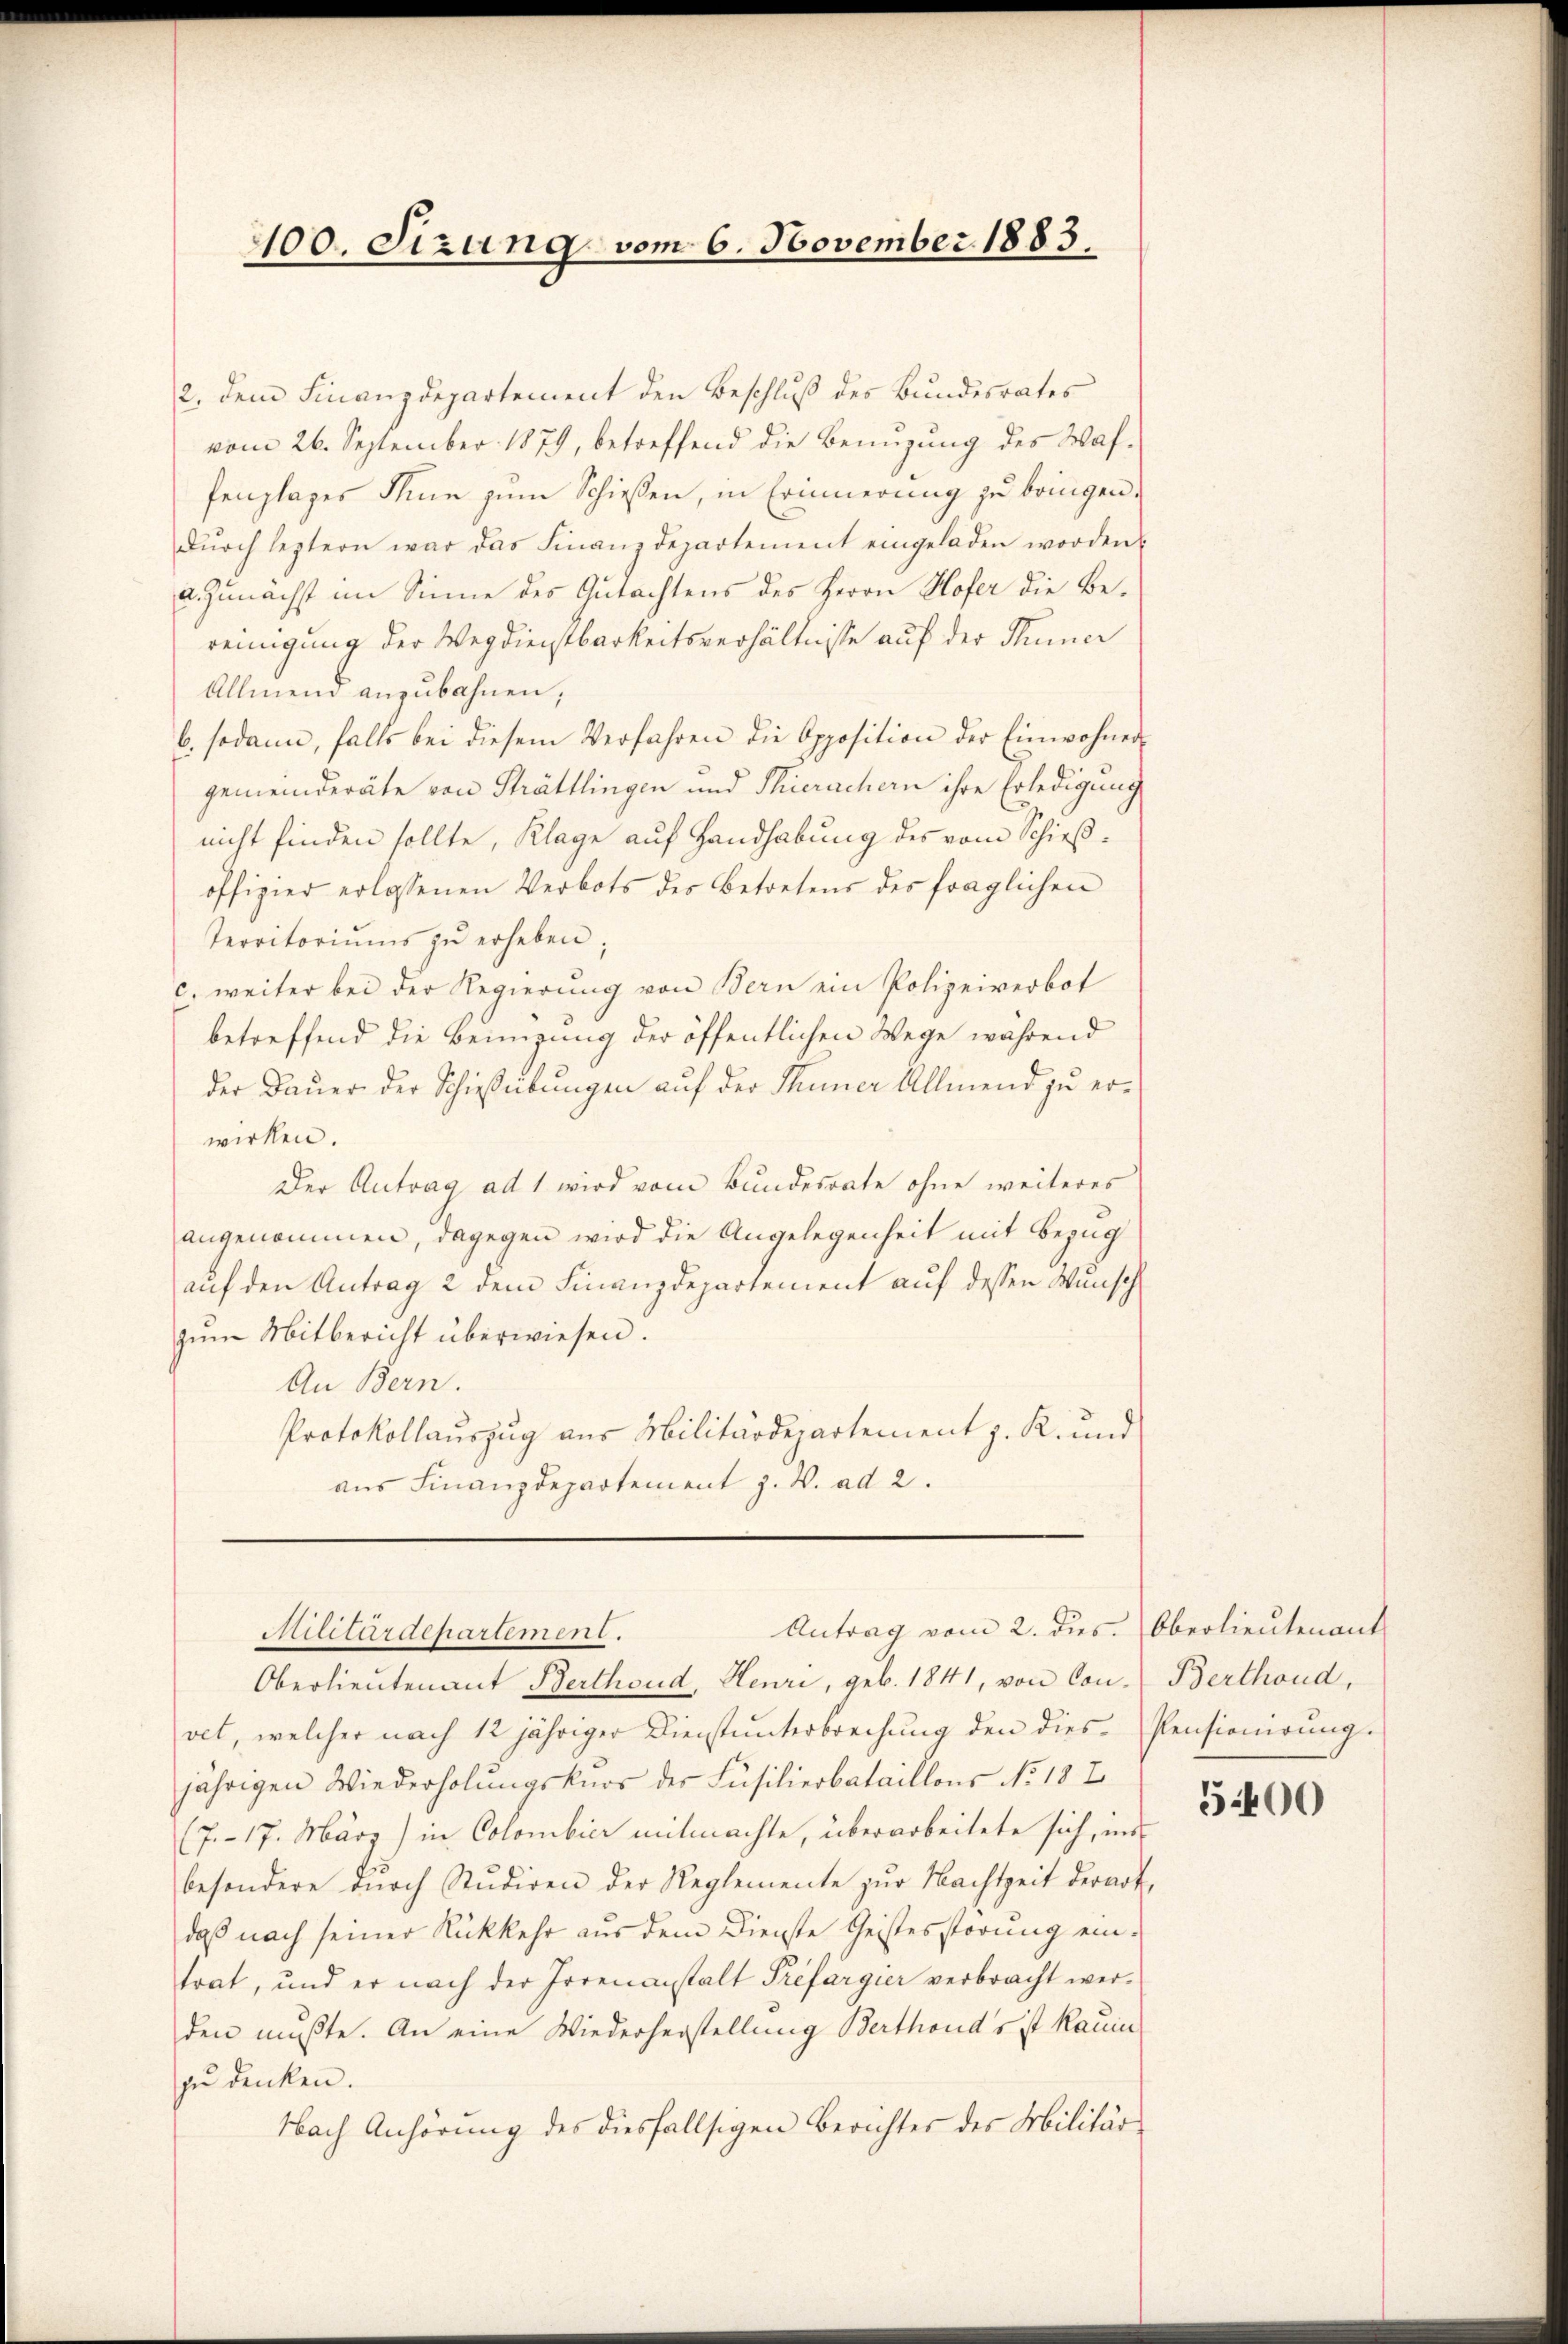
100. Sizung vom 6. November 1883.

2. dem Finanzdepartement den Beschluß des Bundesrates
vom 26. September 1879, betreffend die Benuzung des Waf¬
Fenzlages Thun zum Schießen, in Erinnerung zu bringen.
dŭrch leztern war das Finanzdepartement eingeladen worden.
a. Zunächst im Sinne des Gutachtens des Herrn Hofer die Bereinigung der Wegdienstbarkeitsverhältnisse auf der Thuner
Allmend anzubahnen;
b. sodann, falls bei diesem Verfahren die Opposition der Einwohner-
gemeinderäte von Strättlingen und Thierachern ihre Erledigung
nicht finden sollte, Klage auf Handhabung des vom Schießoffizier erlassenen Verbots des Betretens des fraglichen
Territoriŭms zŭ erheben:
c. weiter bei der Regierung von Bern ein Polizeiverbot
betreffend die Beinigung der öffentlichen Wege während
der Dauer der Schießübungen auf der Thuner Allmend zu erwirken.
Der Antrag ad 1 wird vom Bundesrate ohne weiteres
angenommen, dagegen wird die Angelegenheit mit Bezug
auf den Antrag 2 dem Finanzdepartement auf dessen Wunsch
zŭm Mitbericht überwiesen.
An Bern.
Protokollauszug aus Militärdepartement z. R. und
aus Finanzdepartement z. W. ad 2.

Antrag vom 2. dies. Oberlieutenant
Militärdepartement.

Oberlieutenant Berthoud, Heuri, geb. 1841, von Con- Berthoud,
vet, welcher nach 12 jähriger Dienstunterbrechung den dies-Pensionirung.
jährigen Wiederholungsknos der Füsilierbataillons No. 18 E
(7.- 17. März) in Colombier mitmachte, überarbeitete sich, ins
besondere dŭrch Studiren der Reglemente zŭr Nachtzeit derart,
daß nach seiner Rückkehr aus dem Dienste Geistesstörung ein-
trat, und er nach der Irrenanstalt Prefargier verbracht werden mußte. An eine Wiederherstellung Berthond’s ist kaum
zu denken.
Nach Anhörung des diesfallsigen Berichtes des Militär

5400